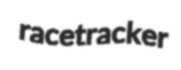
racetracker